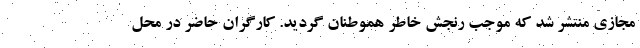
مجازی منتشر شد که موجب رنجش خاطر هموطنان گردید. کارگران حاضر در محل